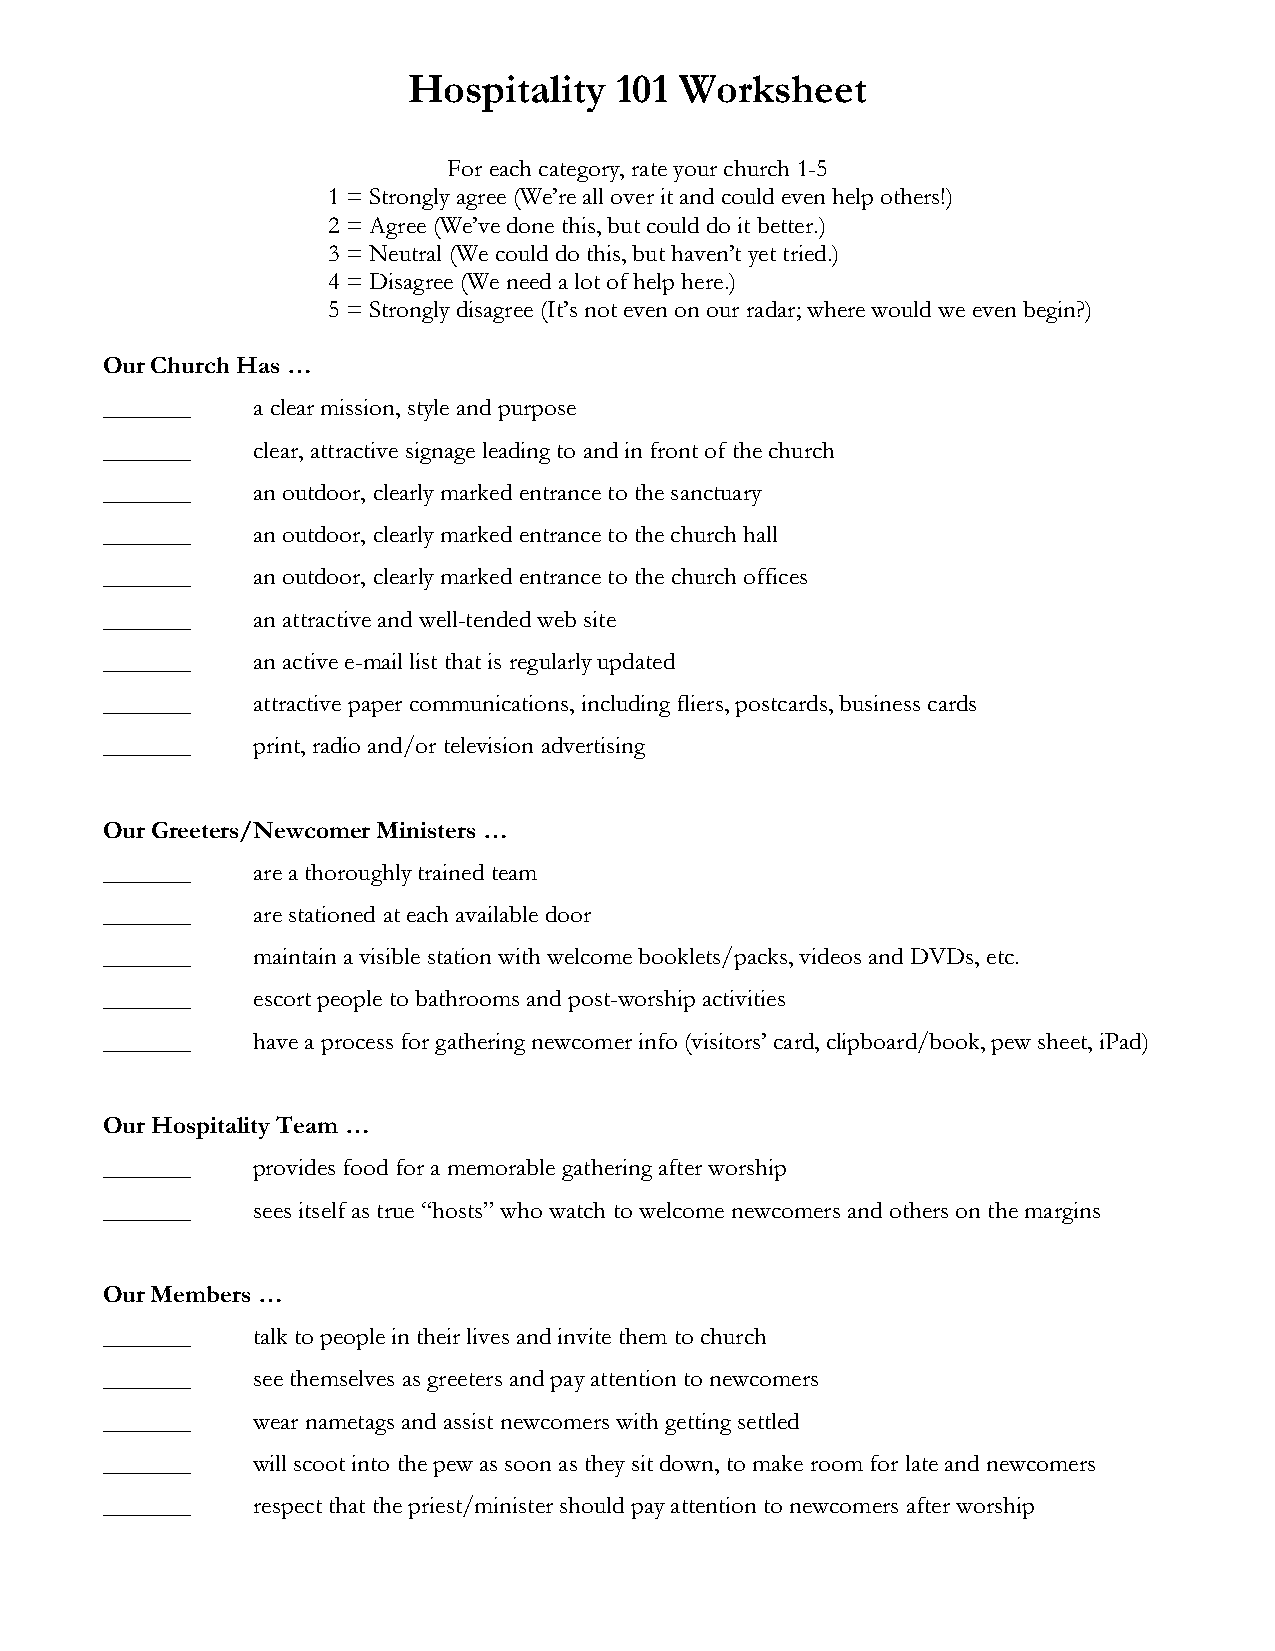
Hospitality   101 Worksheet
 For each category, rate your church 1-5
 1 = Strongly agree (We’re all over it and could even help others!)
 2 = Agree (We’ve done this, but could do it better.)
 3 = Neutral (We could do this, but haven’t yet tried.)
 4 = Disagree (We need a lot of help here.)
 5 = Strongly disagree (It’s not even on our radar; where would we even begin?)
 Our Church Has …
 _______   a clear mission, style and purpose
 _______   clear, attractive signage leading to and in front of the church
 _______   an outdoor, clearly marked entrance to the sanctuary
 _______   an outdoor, clearly marked entrance to the church hall
 _______   an outdoor, clearly marked entrance to the church offices
 _______   an attractive and well-tended web site
 _______   an active e-mail list that is regularly updated
 _______   attractive paper communications, including fliers, postcards, business cards
 _______   print, radio and/or television advertising
 Our Greeters/Newcomer Ministers …
 _______   are a thoroughly trained team
 _______   are stationed at each available door
 _______   maintain a visible station with welcome booklets/packs, videos and DVDs, etc.
 _______   escort people to bathrooms and post-worship activities
 _______   have a process for gathering newcomer info (visitors’ card, clipboard/book, pew sheet, iPad)
 Our Hospitality Team …
 _______   provides food for a memorable gathering after worship
 _______   sees itself as true “hosts” who watch to welcome newcomers and others on the margins
 Our Members …
 _______   talk to people in their lives and invite them to church
 _______   see themselves as greeters and pay attention to newcomers
 _______   wear nametags and assist newcomers with getting settled
 _______   will scoot into the pew as soon as they sit down, to make room for late and newcomers
 _______   respect that the priest/minister should pay attention to newcomers after worship